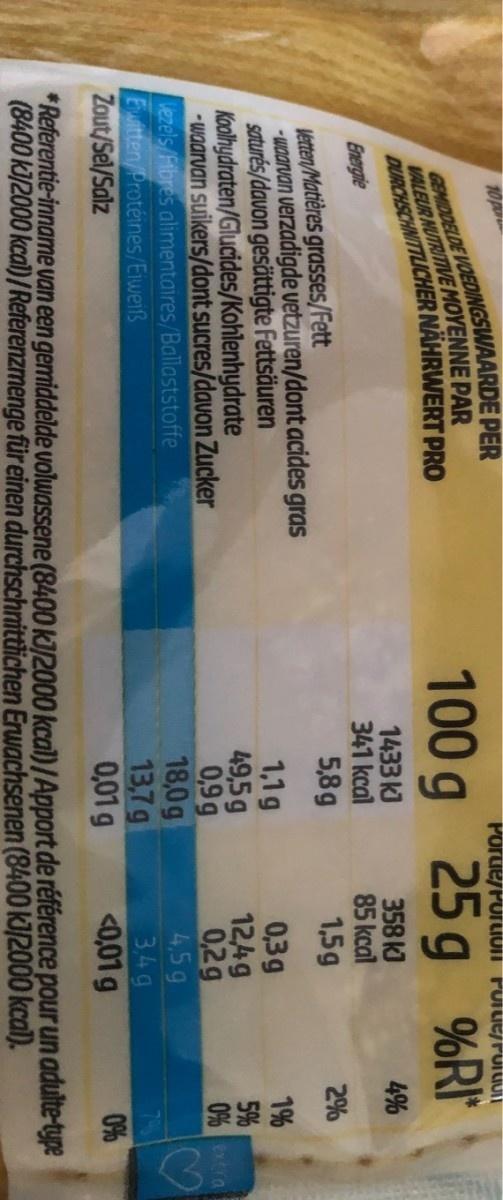
GEMIDDELDE VOEDINGSWAARDE PER VALEUR NUTRITIVE MOVENNE PAR DURCHSCHNITTLICHER NÄHRWERT PRO
10 po
Porue/rortiUIi rulut/ruT GUIT
100 g
25 g
%RI*
1433 kJ 341 kcal
358 k) 85 kcal 1,5g
4%
Energie
Vetten/Matières grasses/Fett waarvan verzadigde vetzuren/dont acides gras saturés/davon gesättigte Fettsäuren Koolhydraten/Glucides/Kohlenhydrate -waarvan suikers/dont sucres/davon Zucker Vezels/Fibres alimentaires/Ballaststoffe Ewitten/Protéines/Eweiß Zout/Sel/Salz
5,8g
2%
1% 5% 0% xtra
1,1g 49,5g 0,9 g 18,0g 13,7g 0,01 g
0,3g 124g 0,2g 4,5g 349 <0,01 g
0%
*Referentie-inname van een gemiddelde volwassene (8400 KJ2000 kcal)/Apport de référence pour un adulte-type (8400 ki/2000 kcal) /Referenzmenge für einen durchschnittlichen Erwachsenen (8400 kI/2000 kcal).